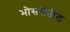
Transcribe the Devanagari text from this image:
भोसरीतील